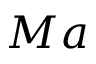
M a